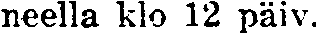
neella klo 12 päiv.